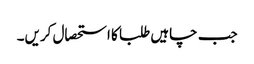
جب چاہیں طلبا کا استحصال کریں۔